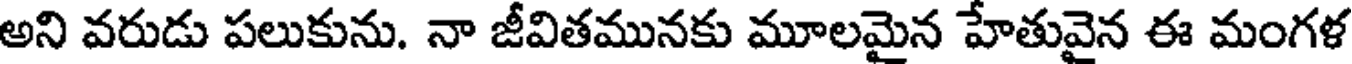
అని వరుడు పలుకును. నా జీవితమునకు మూలమైన హేతువైన ఈ మంగళ